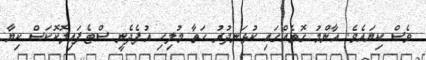
ވެސް ކިޔައެވެ. އާންމު ގޮތެއްގައި ކުޅަނދުރު ހަތާ މުލިހި އުފެދެނީ ސްޓެފައިލޮކޮކަސް ކިޔާ